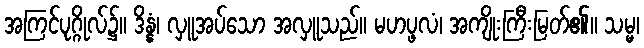
အကြင်ပုဂ္ဂိုလ်၌။ ဒိန္နံ၊ လှူအပ်သော အလှူသည်။ မဟပ္ဖလံ၊ အကျိုးကြီးမြတ်၏။ သမ္မ၊